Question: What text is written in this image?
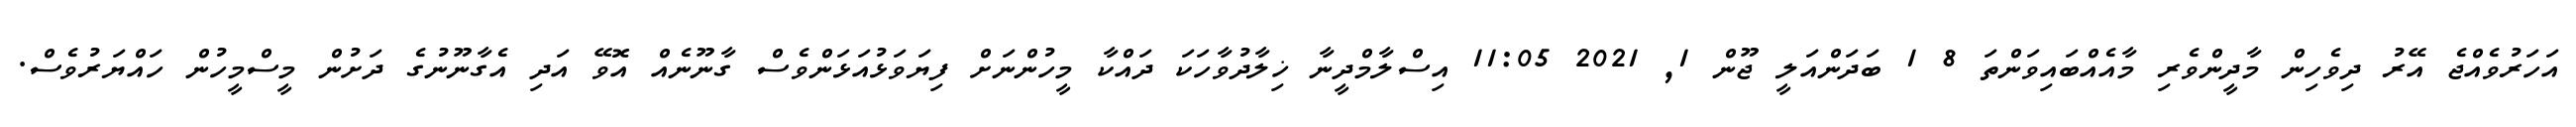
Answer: އަހަރުވެއްޖެ އޭރު ދިވެހިން މާދީންވެރި މާއެއްބައިވަންތަ 8 1 ބަދަންއަލީ ޖޫން 1, 2021 11:05 އިސްލާމްދީނާ ޚިލާދުވާހަކަ ދައްކާ މީހުންނަށް ފިޔަވަޅުއަޅަންވެސް ގާނޫނެއް އޮވޭ އަދި އެގާނޫނުގެ ދަށުން މީސްމީހުން ހައްޔަރުވެސް.